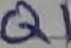
Text: Q1